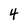
Character: 4